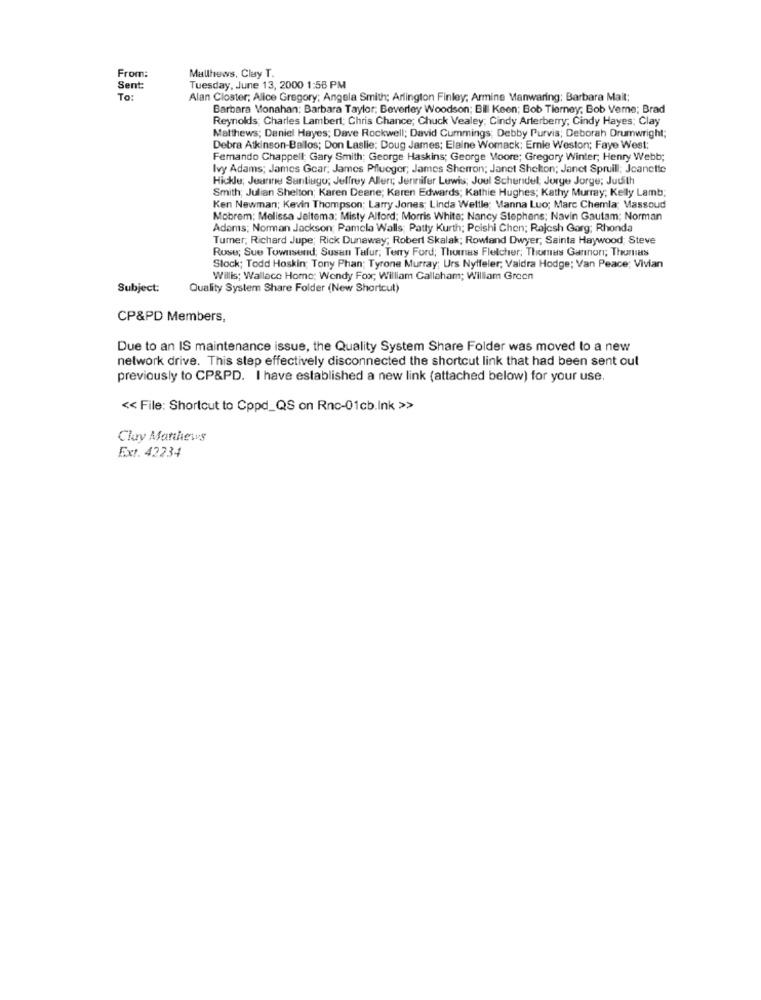
From:
Mallhews, Clay T.
Sent:
Tuesday, June 13, 2000 1:58 PM
To:
Alan Closter; Alice Gregory; Angela Smith; Arlington Finley; Armine Manwaring; Barbara Mail:
Barbara Monahan: Barbara Taylor; Beverley Woodson; Bil Keen; Bob Tierney; Bob Verne; Brad
Reynolds; Charles Lambert; Chris Chance; Chuck Vealey; Cindy Arterberry, Cindy Hayes; Clay
Matthews; Daniel Hayes; Dave Rockwell; David Cummings; Debby Purvis; Deborah Drumwright;
Debra Atkinson-Ballos; Don Laslie: Doug James; Elaine Womack: Ernie Weston; Faye West:
Fernando Chappell: Gary Smith; George Haskins; George Moore; Gregory Winter; Henry Webb;
Ivy Adams; James Gear; James Pflueger; James Sherron; Janet Shelton; Janet Spruill; Jeanette
Hickle; Jeanine Santiago; Jeffrey Aller; Jennifer Lewis; Joul Schendel; Jorge Jorge; Judith
Smith; Julian Shelton; Karen Deane; Karen Edwards; Kathie Hughes; Kathy Murray; Kelly Lamb;
Ken Newman; Kevin Thompson; Larry Jones; Linda Wellle; Manna Luo; Marc Chemla; Massoud
Mobrem: Melissa Jeltema: Misty Alford; Morris White; Nancy Stephens; Navin Gautam; Norman
Adams; Norman Jackson; Pamela Walls; Patty Kurth; Poishi Chen; Rajesh Garg; Rhonda
Tumer, Richard Jupe; Rick Dunaway; Robert Skalak; Rowland Dwyer, Sainta Haywood; Steve
Rose; Sue Townsend; Susan Tafur, Terry Ford; Thomas Fletcher; Thomas Gannon; Thomas
Slock; Todd Hoskin; Tony Phan; Tyrone Murray; Urs Nyffeler; Vaidra Hodge; Van Peace; Vivian
Willis; Wallace Home; Wendy Fox; William Callaham; William Green
Subject:
Quality System Share Folder (New Shortcut)
CP&PD Members,
Due to an IS maintenance issue, the Quality System Share Folder was moved to a new
network drive. This step effectively disconnected the shortcut link that had been sent out
previously to CP&PD. I have established a new link (attached below) for your use.
<< File: Shortcut to Cppd_QS on Rnc-01cb.Ink >>
Clay Matthews
Ext. 42234